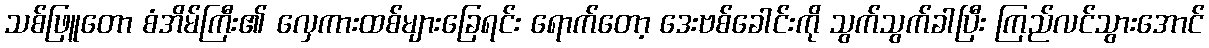
သစ်ဖြူတော စံအိမ်ကြီး၏ လှေကားထစ်များခြေရင်း ရောက်တော့ ဒေးဗစ်ခေါင်းကို သွက်သွက်ခါပြီး ကြည်လင်သွားအောင်